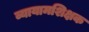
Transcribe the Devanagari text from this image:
व्यायामशिक्षक